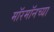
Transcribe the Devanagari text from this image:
मॉरमॉनच्या